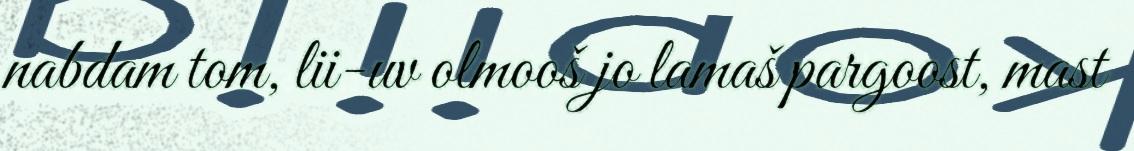
nabdam tom, lii-uv olmooš jo lamaš pargoost, mast